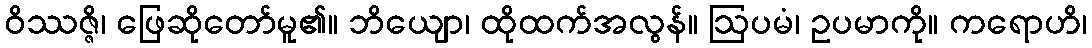
ဝိဿဇ္ဇိ၊ ဖြေဆိုတော်မူ၏။ ဘိယျော၊ ထိုထက်အလွန်။ ဩပမံ၊ ဥပမာကို။ ကရောဟိ၊